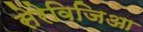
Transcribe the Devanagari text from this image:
सेरेविजिआ